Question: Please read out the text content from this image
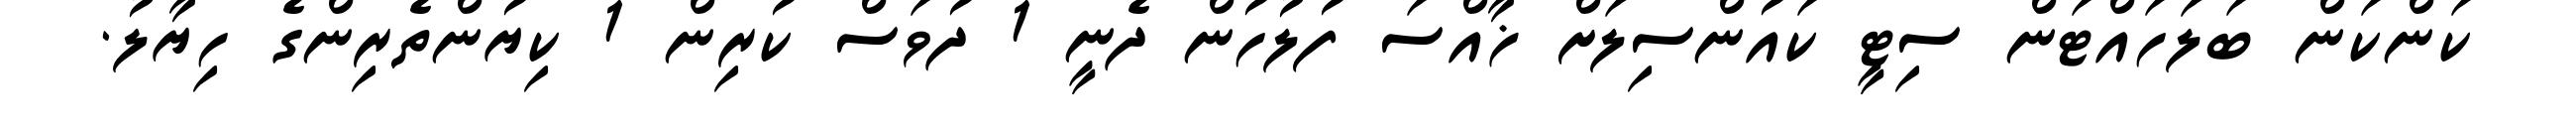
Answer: ކަންކަން ބަލަހައްޓަން ސިޓީ ކައުންސިލަށް ޚާއްސަ ފުލުހުން ދެނީ 1 ދުވަސް ކުރިން 1 ކިޔުންތެރިންގެ ހިޔާލު.